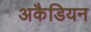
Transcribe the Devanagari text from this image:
अकैडियन